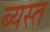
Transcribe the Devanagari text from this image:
ब्यस्त